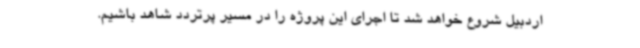
اردبیل شروع خواهد شد تا اجرای این پروژه را در مسیر پرتردد شاهد باشیم.